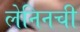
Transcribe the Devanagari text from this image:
लेनिनची